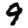
Digit: 9